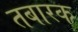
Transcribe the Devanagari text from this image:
तबारक